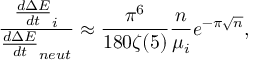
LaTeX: \frac { \frac { d \Delta E } { d t } _ { i } } { \frac { d \Delta E } { d t } _ { n e u t } } \approx \frac { \pi ^ { 6 } } { 1 8 0 \zeta ( 5 ) } \frac { n } { \mu _ { i } } e ^ { - \pi \sqrt { n } } ,